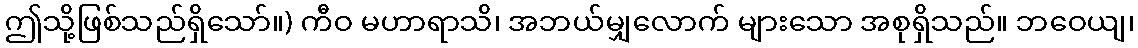
ဤသို့ဖြစ်သည်ရှိသော်။) ကီဝ မဟာရာသိ၊ အဘယ်မျှလောက် များသော အစုရှိသည်။ ဘဝေယျ၊